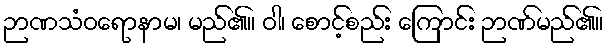
ဉာဏသံဝရောနာမ၊ မည်၏။ ဝါ၊ စောင့်စည်း ကြောင်း ဉာဏ်မည်၏။